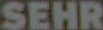
SEHR